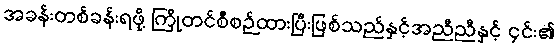
အခန်းတစ်ခန်းရဖို့ ကြိုတင်စီစဉ်ထားပြီးဖြစ်သည်နှင့်အညီညီနှင့် ၄င်း၏